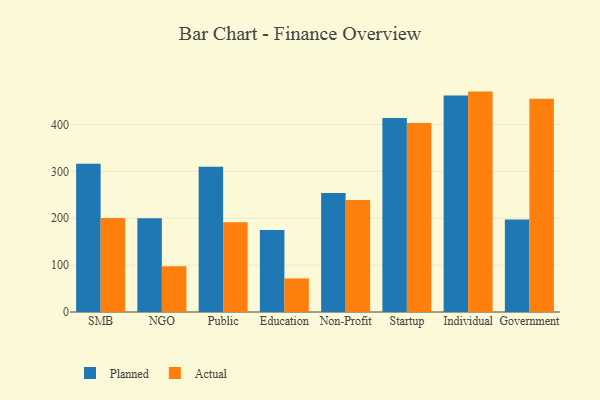
{"axis": {"x": "Segment", "y": "Active Users"}, "legend": ["Actual", "Planned"], "data": [{"x": "SMB", "y": 316.0, "type": "Planned"}, {"x": "SMB", "y": 200.7, "type": "Actual"}, {"x": "NGO", "y": 199.8, "type": "Planned"}, {"x": "NGO", "y": 97.5, "type": "Actual"}, {"x": "Public", "y": 309.8, "type": "Planned"}, {"x": "Public", "y": 191.3, "type": "Actual"}, {"x": "Education", "y": 174.7, "type": "Planned"}, {"x": "Education", "y": 71.6, "type": "Actual"}, {"x": "Non-Profit", "y": 253.6, "type": "Planned"}, {"x": "Non-Profit", "y": 238.8, "type": "Actual"}, {"x": "Startup", "y": 413.5, "type": "Planned"}, {"x": "Startup", "y": 402.8, "type": "Actual"}, {"x": "Individual", "y": 461.8, "type": "Planned"}, {"x": "Individual", "y": 470.0, "type": "Actual"}, {"x": "Government", "y": 197.5, "type": "Planned"}, {"x": "Government", "y": 454.9, "type": "Actual"}]}